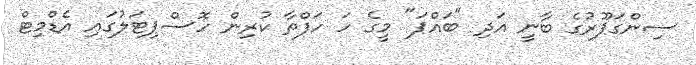
ސިންގަޕޫރުގެ ބާނީ އަދި "ބައްޕަ" މީގެ ހަ ހަފްތާ ކުރިން ހޮސްޕިޓަލުގައި އެޑްމިޓް